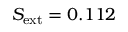
S _ { \mathrm { e x t } } = 0 . 1 1 2